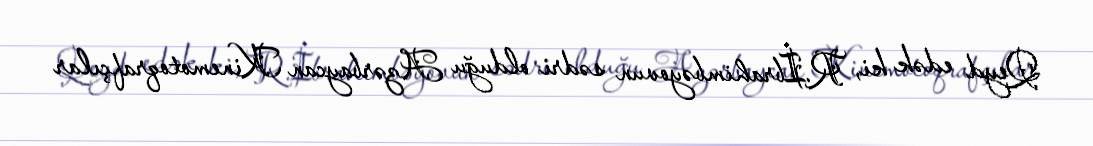
Qeyd edək ki, R.İbrahimbəyovun sədri olduğu Azərbaycan Kinemotoqrafçılar